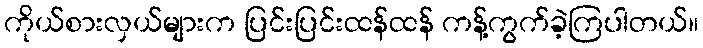
ကိုယ်စားလှယ်များက ပြင်းပြင်းထန်ထန် ကန့်ကွက်ခဲ့ကြပါတယ်။